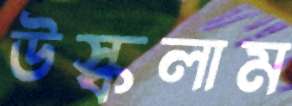
উস্‌কলাম